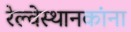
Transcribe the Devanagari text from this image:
रेल्वेस्थानकांना